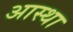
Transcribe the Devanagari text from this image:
अास्था